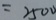
= 2 5 0 0